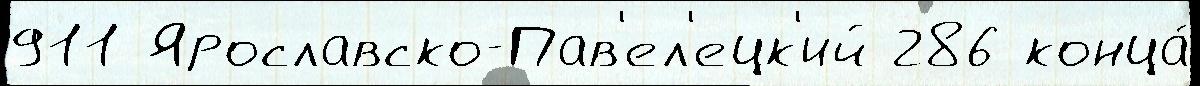
911 Ярославско-Пав'ел'ецк'ий 286 конца́